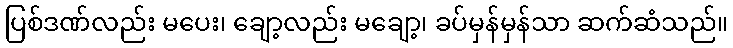
ပြစ်ဒဏ်လည်း မပေး၊ ချော့လည်း မချော့၊ ခပ်မှန်မှန်သာ ဆက်ဆံသည်။